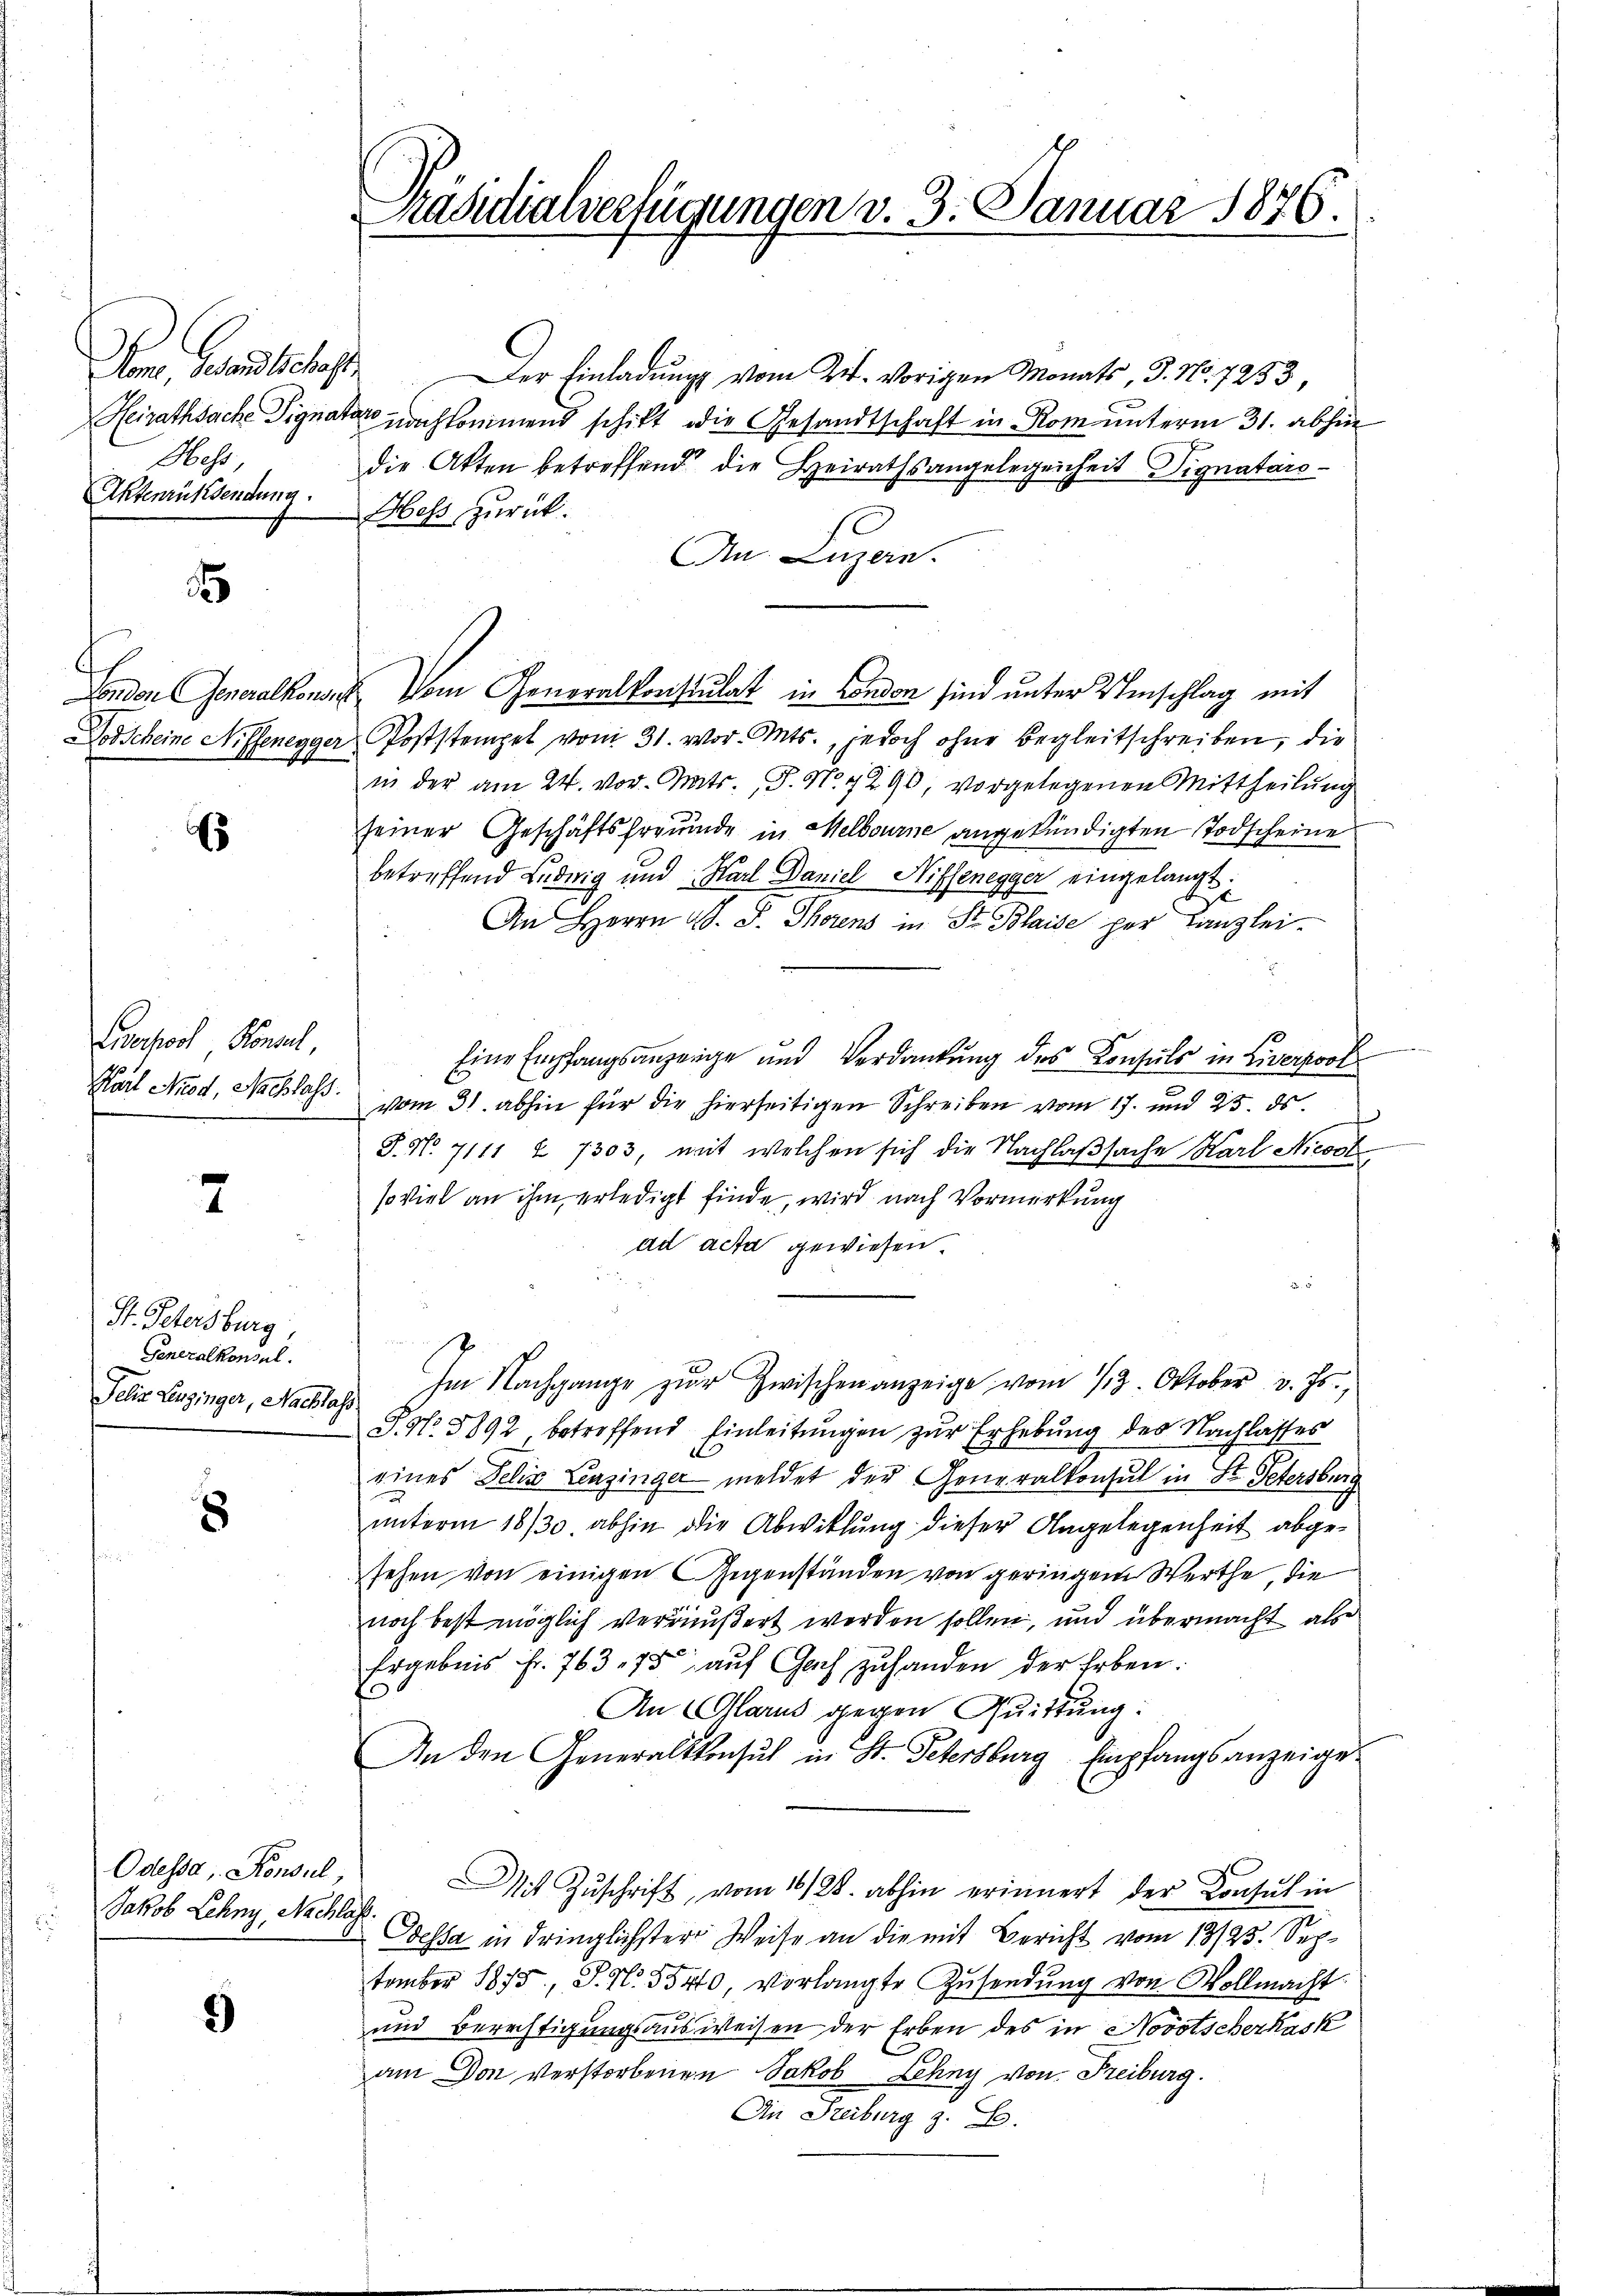
Vom Gesandtschaft
Hess,
Aktenrücksendung.

d

E

Lerpol. Konsul,
Karl Nied, Nachlass.

7

St. Petersburg
Generalkonsul
Jelis Lenginger, Nachlass

8

Odessa, Konsul,
Jakob Lehny, Nachlass

)

Präsidialverfügungen v. 3. Januar 1876.

Der Einladung vom Tit. vorigen Monats, J. No. 7253
Heirathsache Signatar nachkommend schickt die Gesandtschaft in Rom unterm 31. abhin
die Akten betreffend die Heirathsangelegenheit Dignatáro¬
Hess zurück.
An Luzern.
London Generalkonses vom Generalkonsulat in London sind unter Umschlag mit
odscheine Niffenegger Poststempel vom 31. vor. Mts., jedoch ohne Begleitschreiben, die
in der am 24. vor. Mts. S. No. 290, vorgelegenen Mittheilung
seiner Geschäftsfreunde in Melbourne angekündigten Todscheine
betreffend Ludwig und Karl Daniel Hiffenegger eingelangt.
An Herrn G. P. Thorens in St. Blaise per Kanzlei-
Eine Empfangsanzeige und Verdankŭng des Konsuls in Liverpool
vom 31. abhin für die hierseitigen Schreiben vom 17. und 25. ds.
S. No. 7111 & 1303, mit welchen sich die Nachlaßsache Karl Nicost
soviel an ihm erledigt finde, wird nach Vormerkung
ad acta gewiesen.
Im Nachgange zŭr Zwischen anzeige vom 13. Oktober v. Js.,
S. No. 5892 betreffend Einleitungen zur Erhebung des Nachlasses
eines Felix Lenzinger meldet der Generalkonsul in St. Petersburg
a
unterm 18/30. abhin die Abwicklung dieser Angelegenheit abgesehen von einigen Gegenständen von geringem Werthe, die
noch best möglich veräußert werden sollen, und übermacht als
Ergebnis fr. 763. 75 auf Gach zuhanden der Erben.
An (Glarus gegen Quittung:
An den Generalkonsuch in St. Petersburg, Empfangsanzeige¬
Mit Zŭschrift vom 16/28. abhin erinnert der Consul in
Odessa in dringlichster Weise an die mit Bericht vom 13/25. September 1875, S. N. 5540, vorlangte Zusendung von Wollmacht.
und Berechtigungsausweisen der Erben des in Novotscherkask
am Don verstorbenen Jakob Lehny von Freiburg.
An Steiburg z. B.